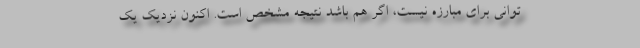
توانی برای مبارزه نیست، اگر هم باشد نتیجه مشخص است. اکنون نزدیک یک